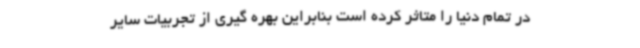
در تمام دنیا را متاثر کرده است بنابراین بهره گیری از تجربیات سایر